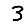
Digit: 3